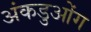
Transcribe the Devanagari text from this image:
अंकडुओंग